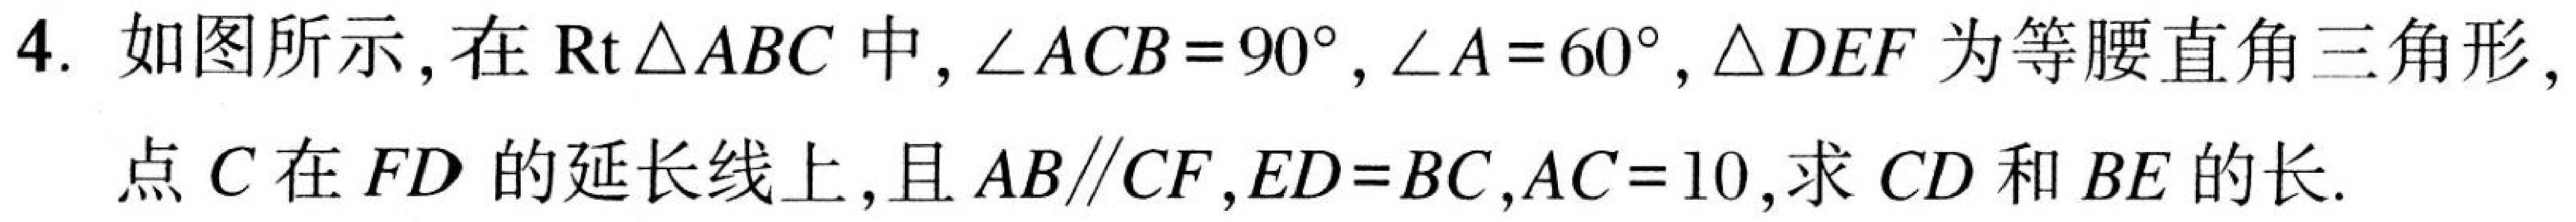
4. 如图所示，在 \(\text{Rt}\triangle ABC\) 中，\(\angle ACB = 90^{\circ}\)，\(\angle A = 60^{\circ}\)，\(\triangle DEF\) 为等腰直角三角形，
点 \(C\)在 \(FD\)的延长线上，且 \(AB\parallel CF\)，\(ED = BC\)，\(AC = 10\)，求 \(CD\)和 \(BE\)的长.